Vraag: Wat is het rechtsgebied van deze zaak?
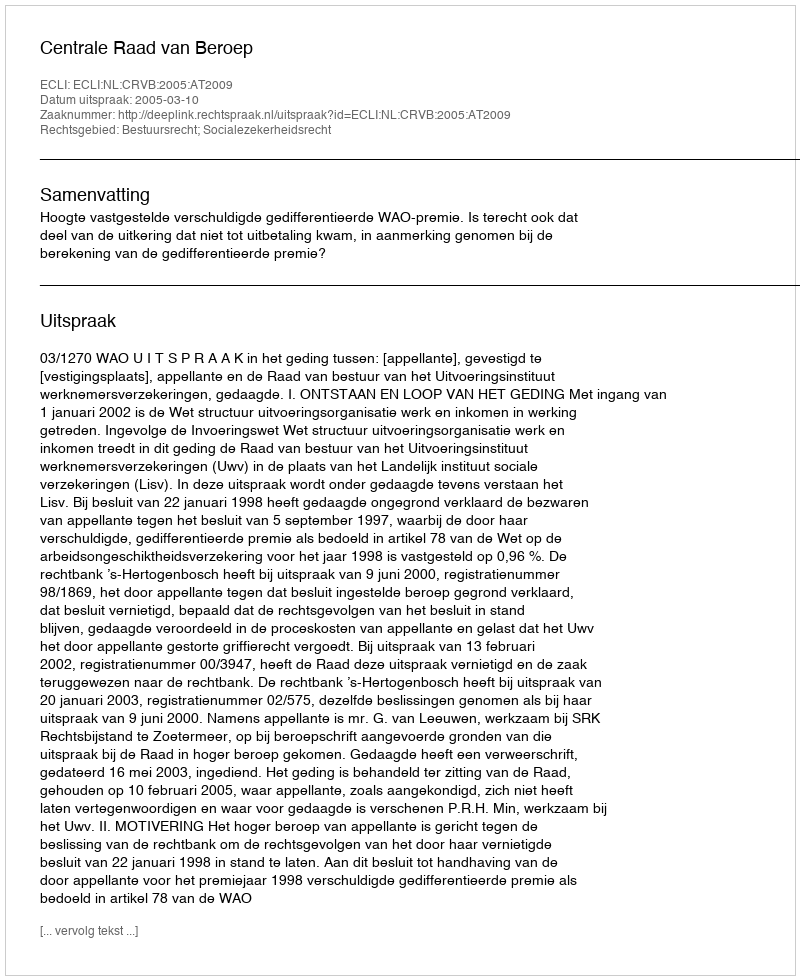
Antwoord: Bestuursrecht; Socialezekerheidsrecht